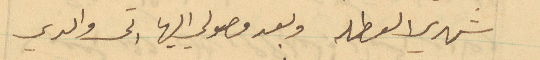
شهري العطله وبعد وصولي اليها اتى والدي